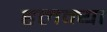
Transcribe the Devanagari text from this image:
हलक्‍या